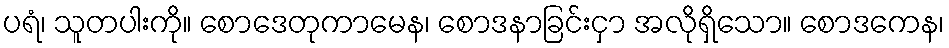
ပရံ၊ သူတပါးကို။ စောဒေတုကာမေန၊ စောဒနာခြင်းငှာ အလိုရှိသော။ စောဒကေန၊